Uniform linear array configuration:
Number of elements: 24
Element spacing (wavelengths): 0.25
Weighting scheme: hamming
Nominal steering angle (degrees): -30
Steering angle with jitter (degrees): -31.077
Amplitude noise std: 0.05
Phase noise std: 0.05

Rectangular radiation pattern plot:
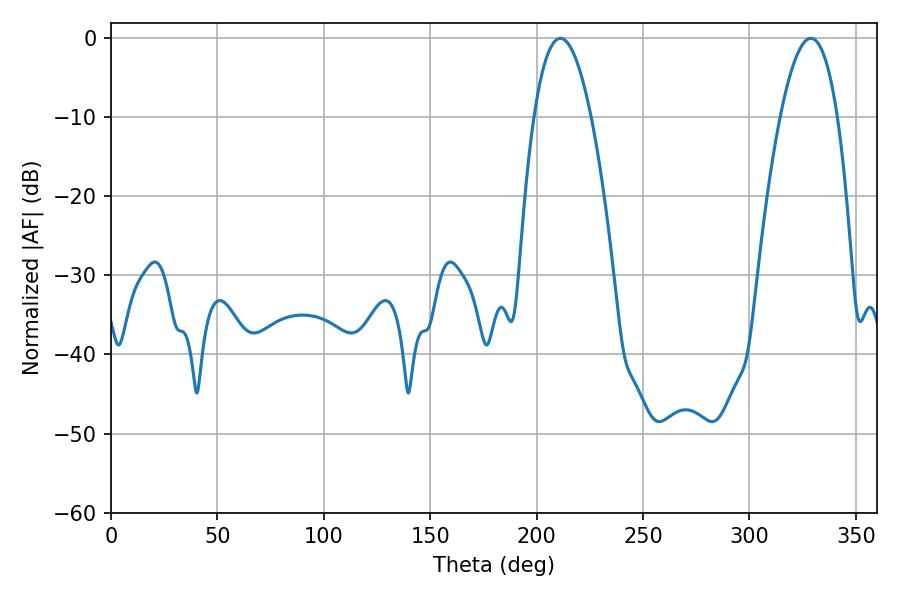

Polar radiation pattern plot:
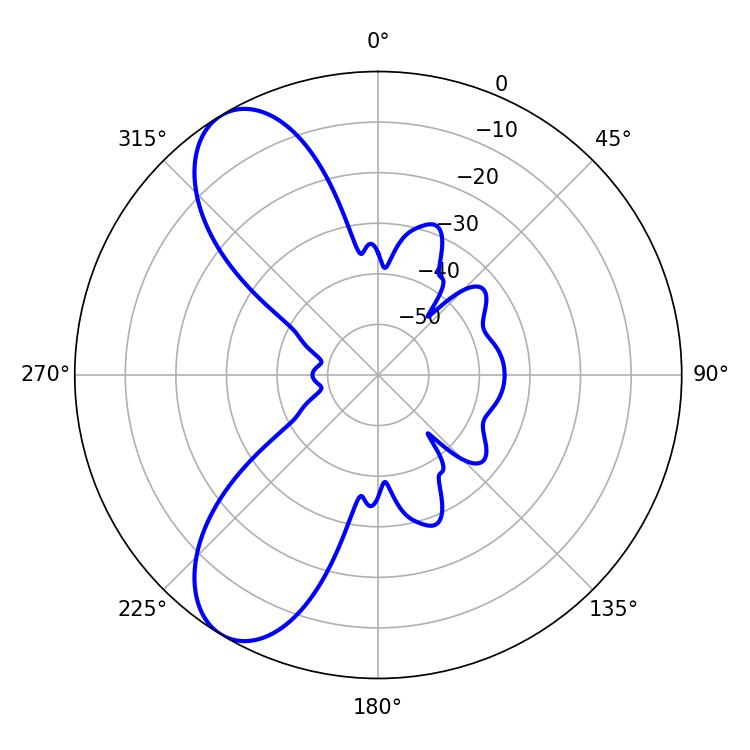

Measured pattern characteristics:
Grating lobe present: FALSE
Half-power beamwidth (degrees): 14.76
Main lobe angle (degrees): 211.14